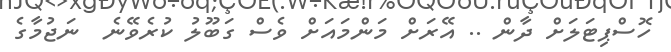
ހޮސްޕިޓަލަށް ދާން .. އޭރަށް މަންމައަށް ވެސް ގަބޫލު ކުރެވޭނެ  ނަޖުމާގެ